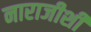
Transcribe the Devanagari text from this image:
नाराजीशी